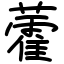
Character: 藿